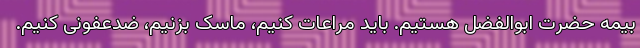
بیمه حضرت ابوالفضل هستیم. باید مراعات کنیم، ماسک بزنیم، ضدعفونی کنیم.